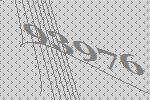
93976